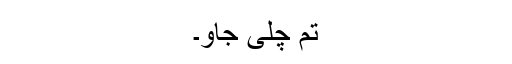
تم چلی جاؤ۔